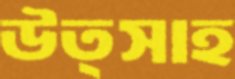
উত্সাহ